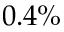
0 . 4 \%